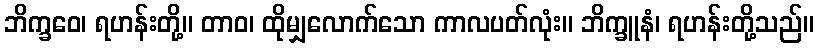
ဘိက္ခဝေ၊ ရဟန်းတို့။ တာဝ၊ ထိုမျှလောက်သော ကာလပတ်လုံး။ ဘိက္ခူနံ၊ ရဟန်းတို့သည်။